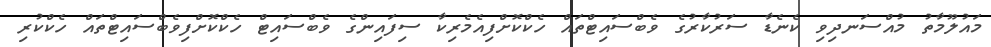
މައުލޫމާތު މުއްސަނދިވި ކެނެޑާ ސަރުކާރުގެ ވެބްސައިޓްތައް ހެކްކޮށްފިއެމެރިކާ ސިފައިންގެ ވެބްސައިޓް ހެކްކޮށްފިވެބްސައިޓްތައް ހެކްކުރި